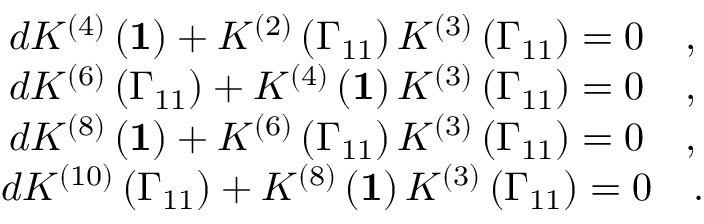
\begin{array} { c } { { d K ^ { \left( 4 \right) } \left( { \bf 1 } \right) + K ^ { \left( 2 \right) } \left( \Gamma _ { 1 1 } \right) K ^ { \left( 3 \right) } \left( \Gamma _ { 1 1 } \right) = 0 \quad , } } \\ { { d K ^ { \left( 6 \right) } \left( \Gamma _ { 1 1 } \right) + K ^ { \left( 4 \right) } \left( { \bf 1 } \right) K ^ { \left( 3 \right) } \left( \Gamma _ { 1 1 } \right) = 0 \quad , } } \\ { { d K ^ { \left( 8 \right) } \left( { \bf 1 } \right) + K ^ { \left( 6 \right) } \left( \Gamma _ { 1 1 } \right) K ^ { \left( 3 \right) } \left( \Gamma _ { 1 1 } \right) = 0 \quad , } } \\ { { d K ^ { \left( 1 0 \right) } \left( \Gamma _ { 1 1 } \right) + K ^ { \left( 8 \right) } \left( { \bf 1 } \right) K ^ { \left( 3 \right) } \left( \Gamma _ { 1 1 } \right) = 0 \quad . } } \end{array}